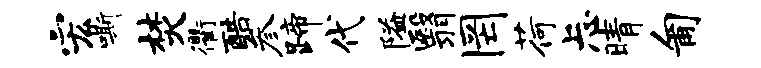
宏嘶焚衢酷参蹄代隘翳罔荷忐晴匍